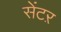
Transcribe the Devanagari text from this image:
सेंटऱ